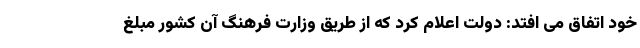
خود اتفاق می افتد: دولت اعلام کرد که از طریق وزارت فرهنگ آن کشور مبلغ